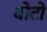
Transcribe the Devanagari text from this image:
बोटो